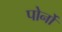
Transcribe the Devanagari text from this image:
पोर्नो